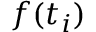
f ( t _ { i } )